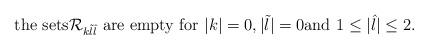
LaTeX: \begin{align*}\mbox{the sets$\mathcal{R}_{k\tilde l\hat l}$ are empty for $|k|=0,|\tilde l|=0$and $1\leq|\hat{l}|\leq2$.}\end{align*}